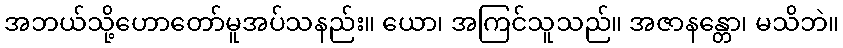
အဘယ်သို့ဟောတော်မူအပ်သနည်း။ ယော၊ အကြင်သူသည်။ အဇာနန္တော၊ မသိဘဲ။